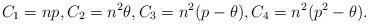
LaTeX: \begin{align*}C_1=np,C_2=n^2\theta,C_3=n^2(p-\theta),C_4=n^2(p^2-\theta).\end{align*}